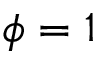
\phi = 1